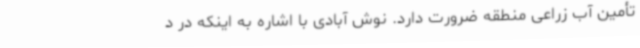
تأمین آب زراعی منطقه ضرورت دارد. نوش آبادی با اشاره به اینکه در د